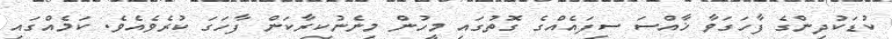
ކުޑަކުދިންގެ ފާހަގަވާ ޚާއްސަ ސިފައެއްގެ ގޮތުގައި މީހުން މިނެނުކިރާކަން ފާހަގަ ކުރެވެއެވެ. ކަމެއްގައި